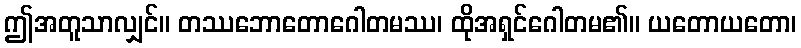
ဤအတူသာလျှင်။ တဿဘောတောဂေါတမဿ၊ ထိုအရှင်ဂေါတမ၏။ ယတောယတော၊